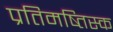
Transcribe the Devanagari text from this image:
प्रतिमष्तिस्क